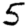
Digit: 5